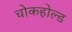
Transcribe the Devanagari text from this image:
चोकहोल्ड